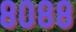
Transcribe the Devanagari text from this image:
८०८८